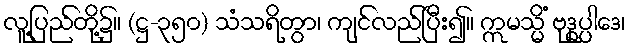
လူ့ပြည်တို့၌။ (ဋ္ဌ-၃၅၀) သံသရိတွာ၊ ကျင်လည်ပြီး၍။ ဣမသ္မိံ ဗုဒ္ဓုပ္ပါဒေ၊